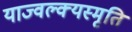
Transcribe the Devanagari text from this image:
याज्‍वल्क्यस्मृति